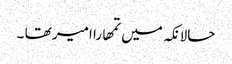
حالانکہ میں تمھارا امیر تھا ۔